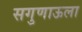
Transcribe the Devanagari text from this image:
सगुणाऊला